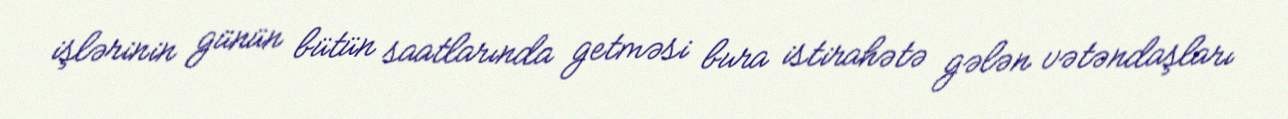
işlərinin günün bütün saatlarında getməsi bura istirahətə gələn vətəndaşları